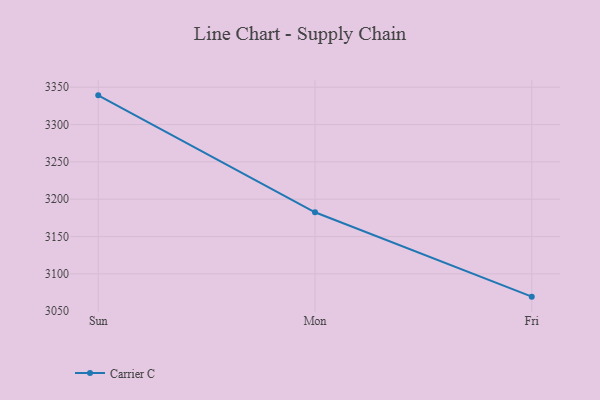
{"axis": {"x": "Day", "y": "Temperature (°C)"}, "legend": ["Carrier C"], "data": [{"x": "Sun", "y": 3339.1, "type": "Carrier C"}, {"x": "Mon", "y": 3182.5, "type": "Carrier C"}, {"x": "Fri", "y": 3069.5, "type": "Carrier C"}]}